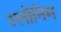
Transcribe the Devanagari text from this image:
स्लोनिम